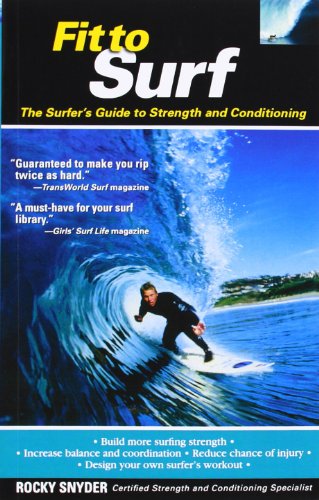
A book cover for Fit to Surf : The Surfer's Guide to Strength and Conditioning; Rocky Snyder; Sports & Outdoors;